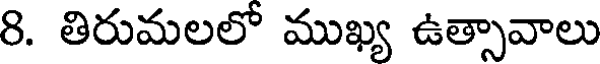
8. తిరుమలలో ముఖ్య ఉత్సావాలు